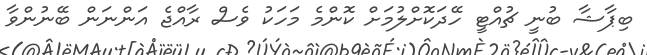
ބިޕާޝާ ބުނީ ޗުއްޓީ ހޭދަކޮށްލުމަށް ކޮންމެ މަހަކު ވެސް ރާއްޖެ އަންނަން ބޭނުންވާ